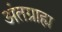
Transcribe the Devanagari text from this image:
अंतग्राह्म